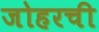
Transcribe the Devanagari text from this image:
जोहरची